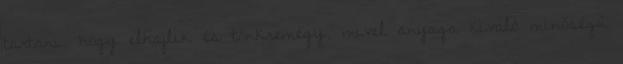
tartani, hogy elhajlik és tönkremegy, mivel anyaga kiváló minőségű